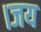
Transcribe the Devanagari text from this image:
।जय